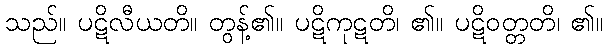
သည်။ ပဋိလီယတိ။ တွန့်၏။ ပဋိကုဋတိ၊ ၏။ ပဋိဝတ္တတိ၊ ၏။